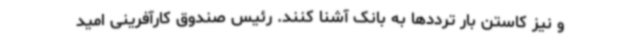
و نیز کاستن بار ترددها به بانک آشنا کنند. رئیس صندوق کارآفرینی امید